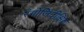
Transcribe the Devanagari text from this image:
रंगोजिदीक्षित